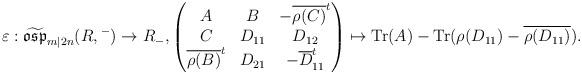
LaTeX: \begin{align*}\varepsilon:\widetilde{\mathfrak{osp}}_{m|2n}(R,{}^-)\rightarrow R_-,\begin{pmatrix}A&B&-\overline{\rho(C)}^t\\C&D_{11}&D_{12}\\\overline{\rho(B)}^t&D_{21}&-\overline{D}_{11}^t\end{pmatrix}\mapsto\mathrm{Tr}(A)-\mathrm{Tr}(\rho(D_{11})-\overline{\rho(D_{11})}).\end{align*}